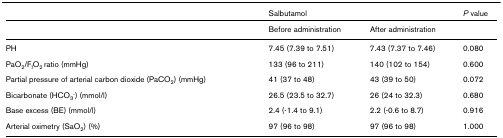
|  | <COLSPAN=2> Salbutamol | P value |
 | --- | --- | --- | --- |
 |  | Before administration | After administration |  |
 | PH | 7.45 (7.39 to 7.51) | 7.43 (7.37 to 7.46) | 0.080 |
 | PaO2/FIO2 ratio (mmHg) | 133 (96 to 211) | 140 (102 to 154) | 0.600 |
 | Partial pressure of arterial carbon dioxide (PaCO2) (mmHg) | 41 (37 to 48) | 43 (39 to 50) | 0.072 |
 | Bicarbonate (HCO3-) (mmol/l) | 26.5 (23.5 to 32.7) | 26 (24 to 32.3) | 0.680 |
 | Base excess (BE) (mmol/l) | 2.4 (-1.4 to 9.1) | 2.2 (-0.6 to 8.7) | 0.916 |
 | Arterial oximetry (SaO2) (%) | 97 (96 to 98) | 97 (96 to 98) | 1.000 |